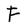
Character: F